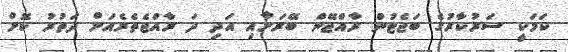
ކަމަކީ ސަރުކާރުގެ ބަޖެޓުން ރާއްޖޭން ބޭރަށާއި އަދި ދަ ރާއްޖެތެރެއަށް ދަތުރު ކޮށް